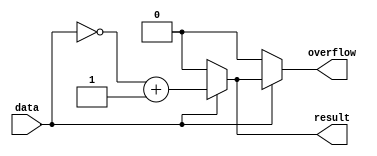
module lpm_abs (
    data,     // Signed number (Required)
    result,   // Absolute value of data[].
    overflow  // High if data = -2 ^ (LPM_WIDTH-1).
);

// GLOBAL PARAMETER DECLARATION
    parameter lpm_width = 1; // Width of the data[] and result[] ports.(Required)
    parameter lpm_type = "lpm_abs";
    parameter lpm_hint = "UNUSED";

// INPUT PORT DECLARATION
    input  [lpm_width-1:0] data;

// OUTPUT PORT DECLARATION
    output [lpm_width-1:0] result;
    output overflow;

// INTERNAL REGISTER/SIGNAL DECLARATION
    reg [lpm_width-1:0] result_tmp;
    reg overflow;

// INITIAL CONSTRUCT BLOCK
    initial
    begin
        if (lpm_width <= 0)
        begin
            $display("Value of lpm_width parameter must be greater than 0(ERROR)");
            $display("Time: %0t  Instance: %m", $time);
            $finish;
        end
    end

// ALWAYS CONSTRUCT BLOCK
    always @(data)
    begin
        result_tmp = (data[lpm_width-1] == 1) ? (~data) + 1 : data;
        overflow = (data[lpm_width-1] == 1) ? (result_tmp == (1<<(lpm_width-1))) : 0;
    end

// CONTINOUS ASSIGNMENT
    assign result = result_tmp;

endmodule